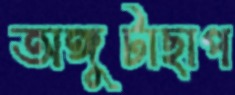
অঙ্গুটাছাপ